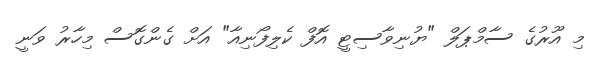
މި އޫރުގެ ސާމްޕަލް "ޔުނިވާސިޓީ އޮފް ކެލިފޯނިއާ" އަށް ގެންގޮސް މިހާރު ވަނީ